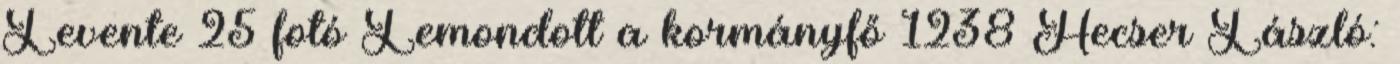
Levente 25 fotó Lemondott a kormányfő 1238 Hecser László: